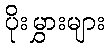
ပိုးမွှားများ